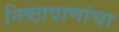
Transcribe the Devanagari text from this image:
निष्ठावाणांचा